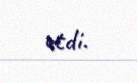
etdi.